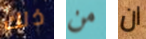
ذلك من ان